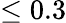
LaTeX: \leq 0.3